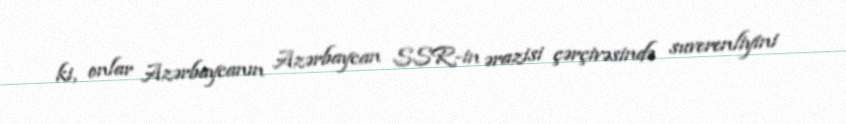
ki, onlar Azərbaycanın Azərbaycan SSR-in ərazisi çərçivəsində suverenliyini